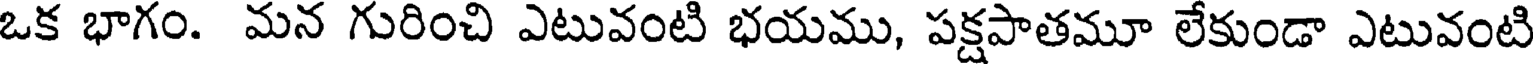
ఒక భాగం. మన గురించి ఎటువంటి భయము, పక్షపాతమూ లేకుండా ఎటువంటి